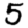
Digit: 5